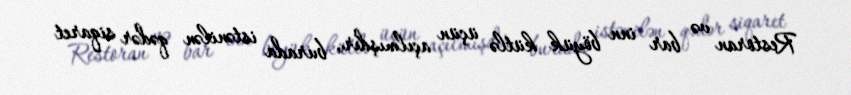
Restoran və bar inn böyük kütlə üçün açılmışdır, burada istənilən qədər siqaret